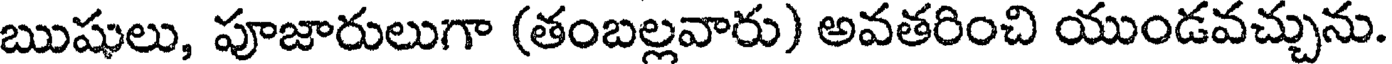
ఋషులు, పూజారులుగా (తంబల్లవారు) అవతరించి యుండవచ్చును.